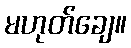
မဟုတ်ချေ။